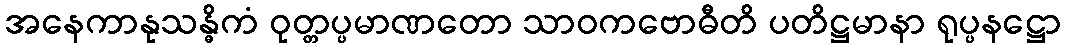
အနေကာနုသန္ဓိကံ ဝုတ္တပ္ပမာဏတော သာဝကဗောဓီတိ ပတိဋ္ဌမာနာ ရုပ္ပနဋ္ဌော